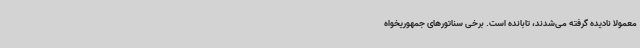
معمولا نادیده گرفته می‌شدند، تابانده است. برخی سناتورهای جمهوریخواه